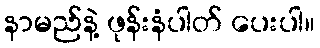
နာမည်နဲ့ ဖုန်းနံပါတ် ပေးပါ။